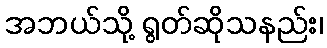
အဘယ်သို့ ရွတ်ဆိုသနည်း၊